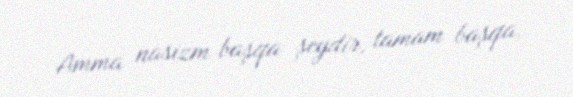
Amma nasizm başqa şeydir, tamam başqa.